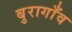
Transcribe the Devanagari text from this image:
बुरागाँव